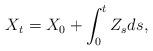
LaTeX: \begin{align*} X_t = X_0 + \int_0^t Z_sds, \end{align*}